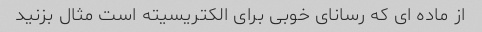
از ماده ای که رسانای خوبی برای الکتریسیته است مثال بزنید